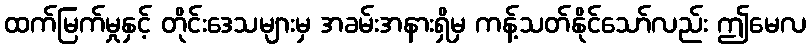
ထက်မြက်မှုနှင့် တိုင်းဒေသများမှ အခမ်းအနားရှိမှ ကန့်သတ်နိုင်သော်လည်း ဤမေလ